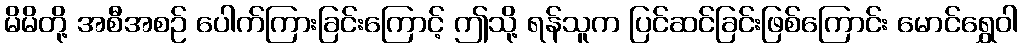
မိမိတို့ အစီအစဉ် ပေါက်ကြားခြင်းကြောင့် ဤသို့ ရန်သူက ပြင်ဆင်ခြင်းဖြစ်ကြောင်း မောင်ရွှေဝါ